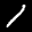
Label: 1